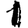
Digit: 1